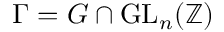
\Gamma = G \cap \mathrm { G L } _ { n } ( \mathbb { Z } )